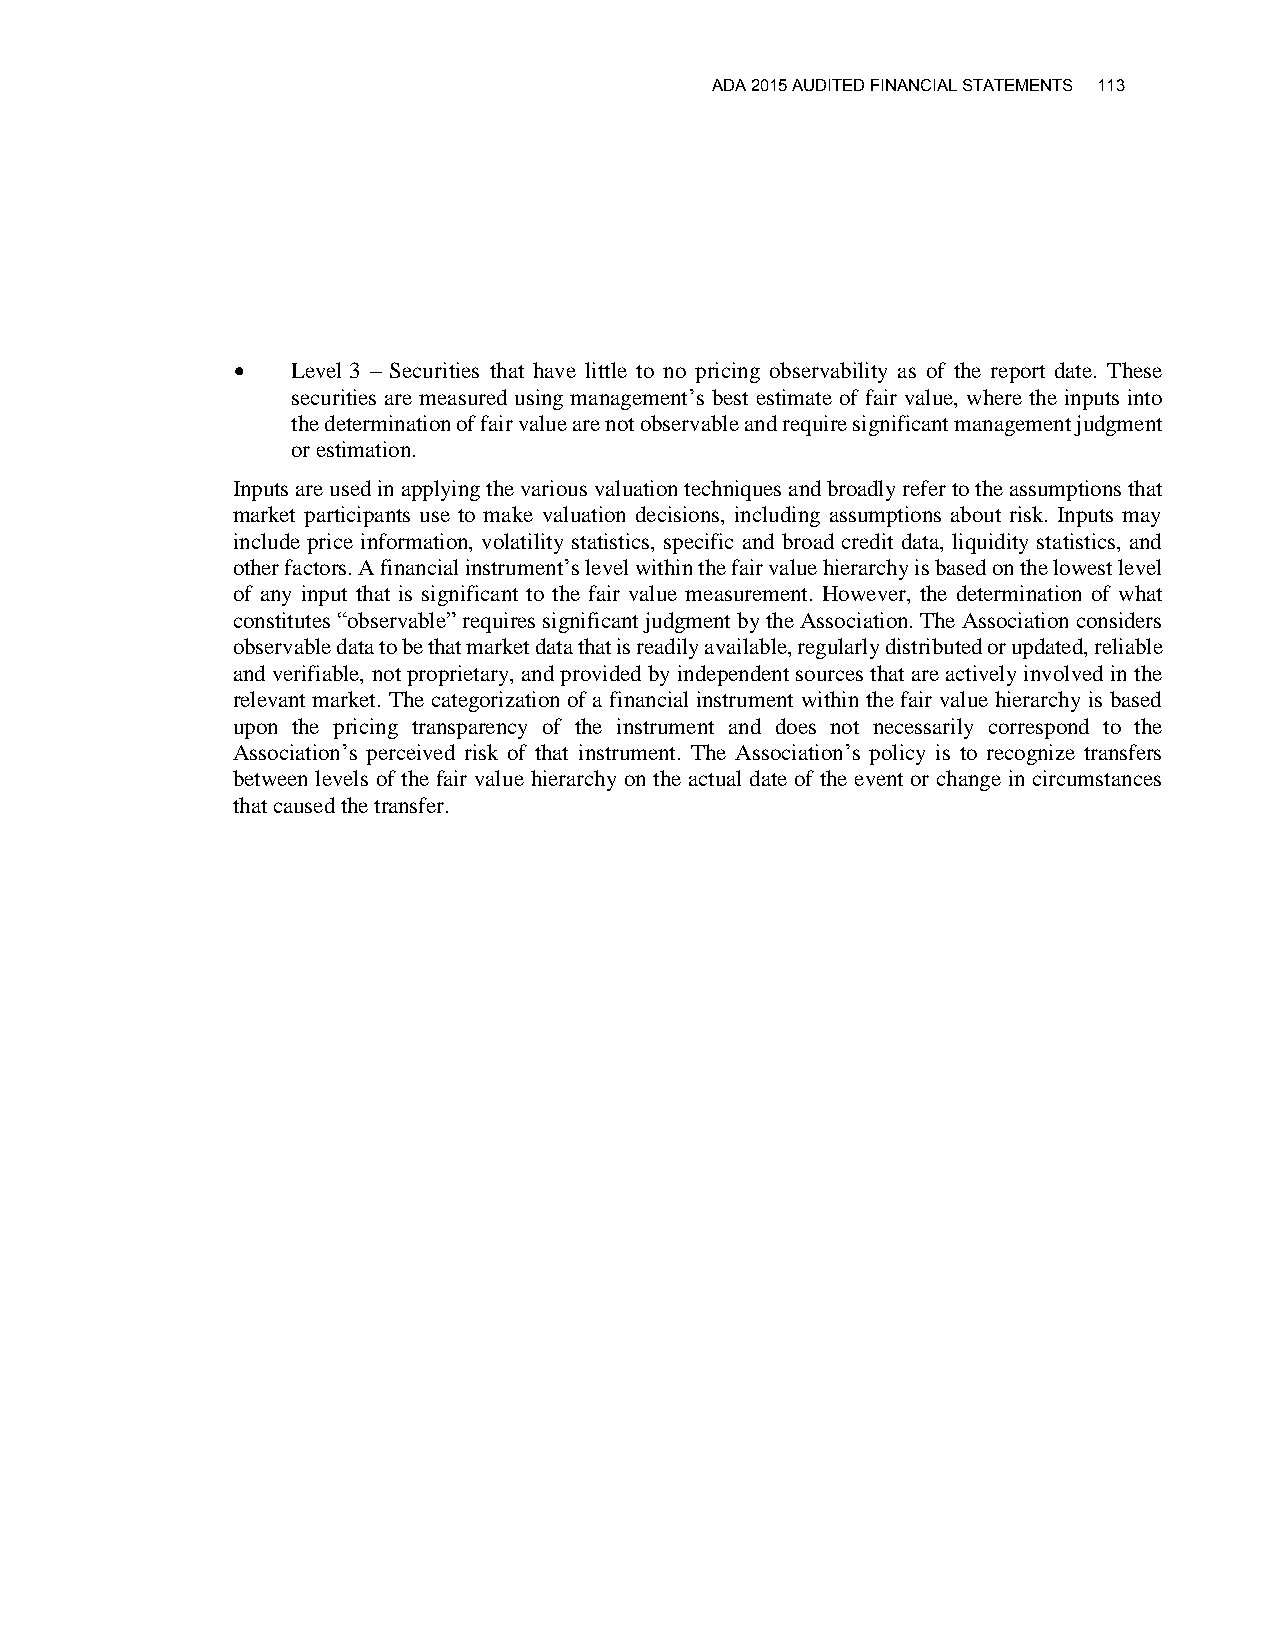
ADA 2015 AUDITED FINANCIAL STATEMENTS 113
    Level 3 – Securities that have little to no pricing observability as of the report date. These
 securities are measured using management’s best estimate of fair value, where the inputs into
 the determination of fair value are not observable and require significant management judgment
 or estimation.
 Inputs are used in applying the various valuation techniques and broadly refer to the assumptions that
 market participants use to make valuation decisions, including assumptions about risk. Inputs may
 include price information, volatility statistics, specific and broad credit data, liquidity statistics, and
 other factors. A financial instrument’s level within the fair value hierarchy is based on the lowest level
 of any input that is significant to the fair value measurement. However, the determination of what
 constitutes “observable” requires significant judgment by the Association. The Association considers
 observable data to be that market data that is readily available, regularly distributed or updated, reliable
 and verifiable, not proprietary, and provided by independent sources that are actively involved in the
 relevant market. The categorization of a financial instrument within the fair value hierarchy is based
 upon the pricing transparency of the instrument and does not necessarily correspond to the
 Association’s perceived risk of that instrument. The Association’s policy is to recognize transfers
 between levels of the fair value hierarchy on the actual date of the event or change in circumstances
 that caused the transfer.